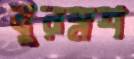
বুরম্নশ